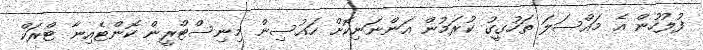
ފުލުހުން އެ މައްސަލަ ތަހުގީގު ކުރަމުން އަންނަނިކޮށް ހައުސިން މިނިސްޓްރީން ކޮންޓެއިނާ ޓްރަކް